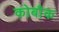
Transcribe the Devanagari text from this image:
कोबौक